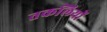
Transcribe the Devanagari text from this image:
तकलियों